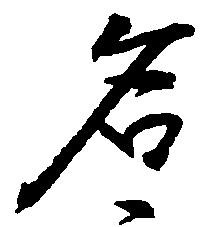
名